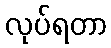
လုပ်ရတာ